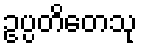
ဥပ္ပတိတေသု